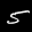
Label: 5